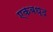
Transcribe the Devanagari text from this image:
एकबध्द